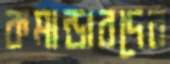
কমান্ডারদের